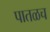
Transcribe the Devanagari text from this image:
पातळच